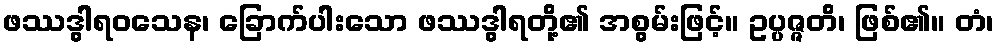
ဖဿဒွါရဝသေန၊ ခြောက်ပါးသော ဖဿဒွါရတို့၏ အစွမ်းဖြင့်။ ဥပ္ပဇ္ဇတိ၊ ဖြစ်၏။ တံ၊